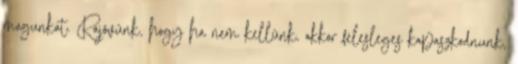
magunkat. Rájövünk, hogy ha nem kellünk, akkor felesleges kapaszkodnunk,